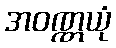
အဝဏ္ဏယုံ